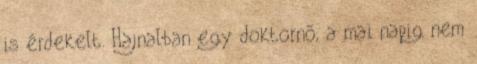
is érdekelt. Hajnalban egy doktornő, a mai napig nem